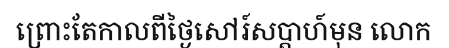
ព្រោះតែកាលពីថ្ងៃសៅរ៍សប្តាហ៍មុន លោក